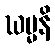
ဃမ္မနိ